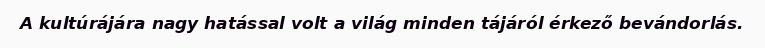
A kultúrájára nagy hatással volt a világ minden tájáról érkező bevándorlás.